Document type: Emphyteutic lease
Year: 1276
Scribe: Pere de Roca
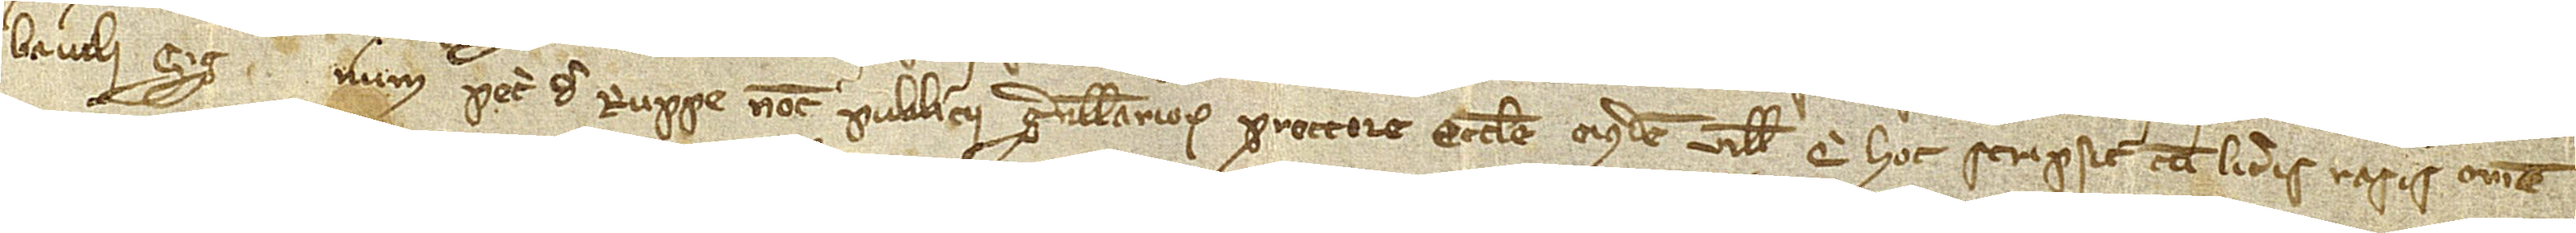
baiuli.  Sig(...)num  Petri de Ruppe, notarii publici Granullariorum pro rectore ecclesie eiusdem ville, qui hoc scripsit cum literis rasis emen-